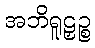
အဘိရူဠှဉ္စ